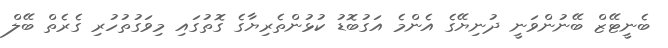
ބެނީޓޭޒް ބޭނުންވަނީ ދުނިޔޭގެ އެންމެ އަގުބޮޑު ކުޅުންތެރިޔާގެ ގޮތުގައި މިވަގުތުހުރި ގެރެތް ބޭލް